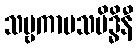
သဗ္ဗကာမသမိဒ္ဓိနီ